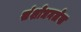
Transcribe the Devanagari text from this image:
संशोधनलेख